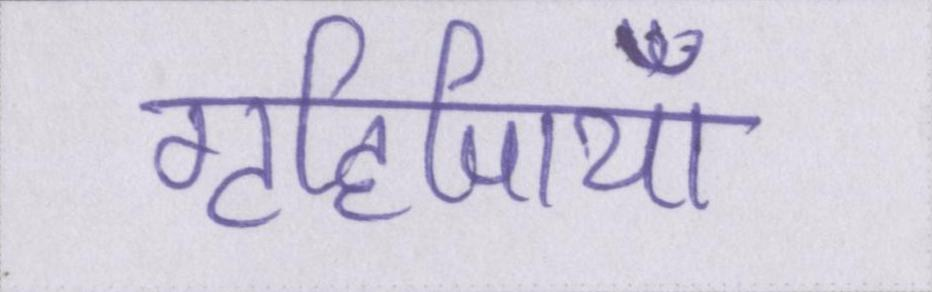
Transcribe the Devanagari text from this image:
गृहिणियाँ